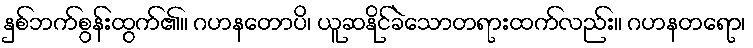
နှစ်ဘက်စွန်းထွက်၏။ ဂဟနတောပိ၊ ယူဆနိုင်ခဲသောတရားထက်လည်း။ ဂဟနတရော၊